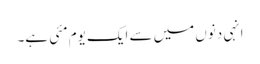
انہی دنوں میں سے ایک یوم مئی ہے۔